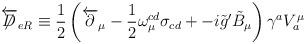
LaTeX: \begin{align*}\overleftarrow{\not\!\!D}_{eR}\equiv\frac{1}{2}\left(\overleftarrow{\partial}_{\mu}-\frac{1}{2}\omega_{\mu}^{cd}\sigma_{cd}+-i\tilde{g}^{\prime}\tilde{B}_{\mu}\right)\gamma^{a}V_{a}^{\mu}\end{align*}